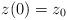
LaTeX: \begin{align*} z(0)=z_0\end{align*}